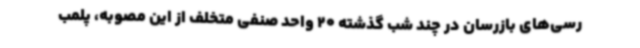
رسی‌های بازرسان در چند شب گذشته 20 واحد صنفی متخلف از این مصوبه، پلمب